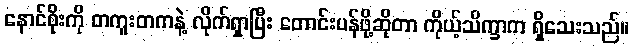
နောင်စိုးကို တကူးတကနဲ့ လိုက်ရှာပြီး တောင်းပန်ဖို့ဆိုတာ ကိုယ့်သိက္ခာက ရှိသေးသည်။